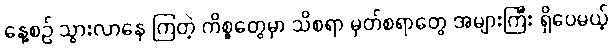
နေ့စဉ် သွားလာနေ ကြတဲ့ ကိစ္စတွေမှာ သိစရာ မှတ်စရာတွေ အများကြီး ရှိပေမယ့်